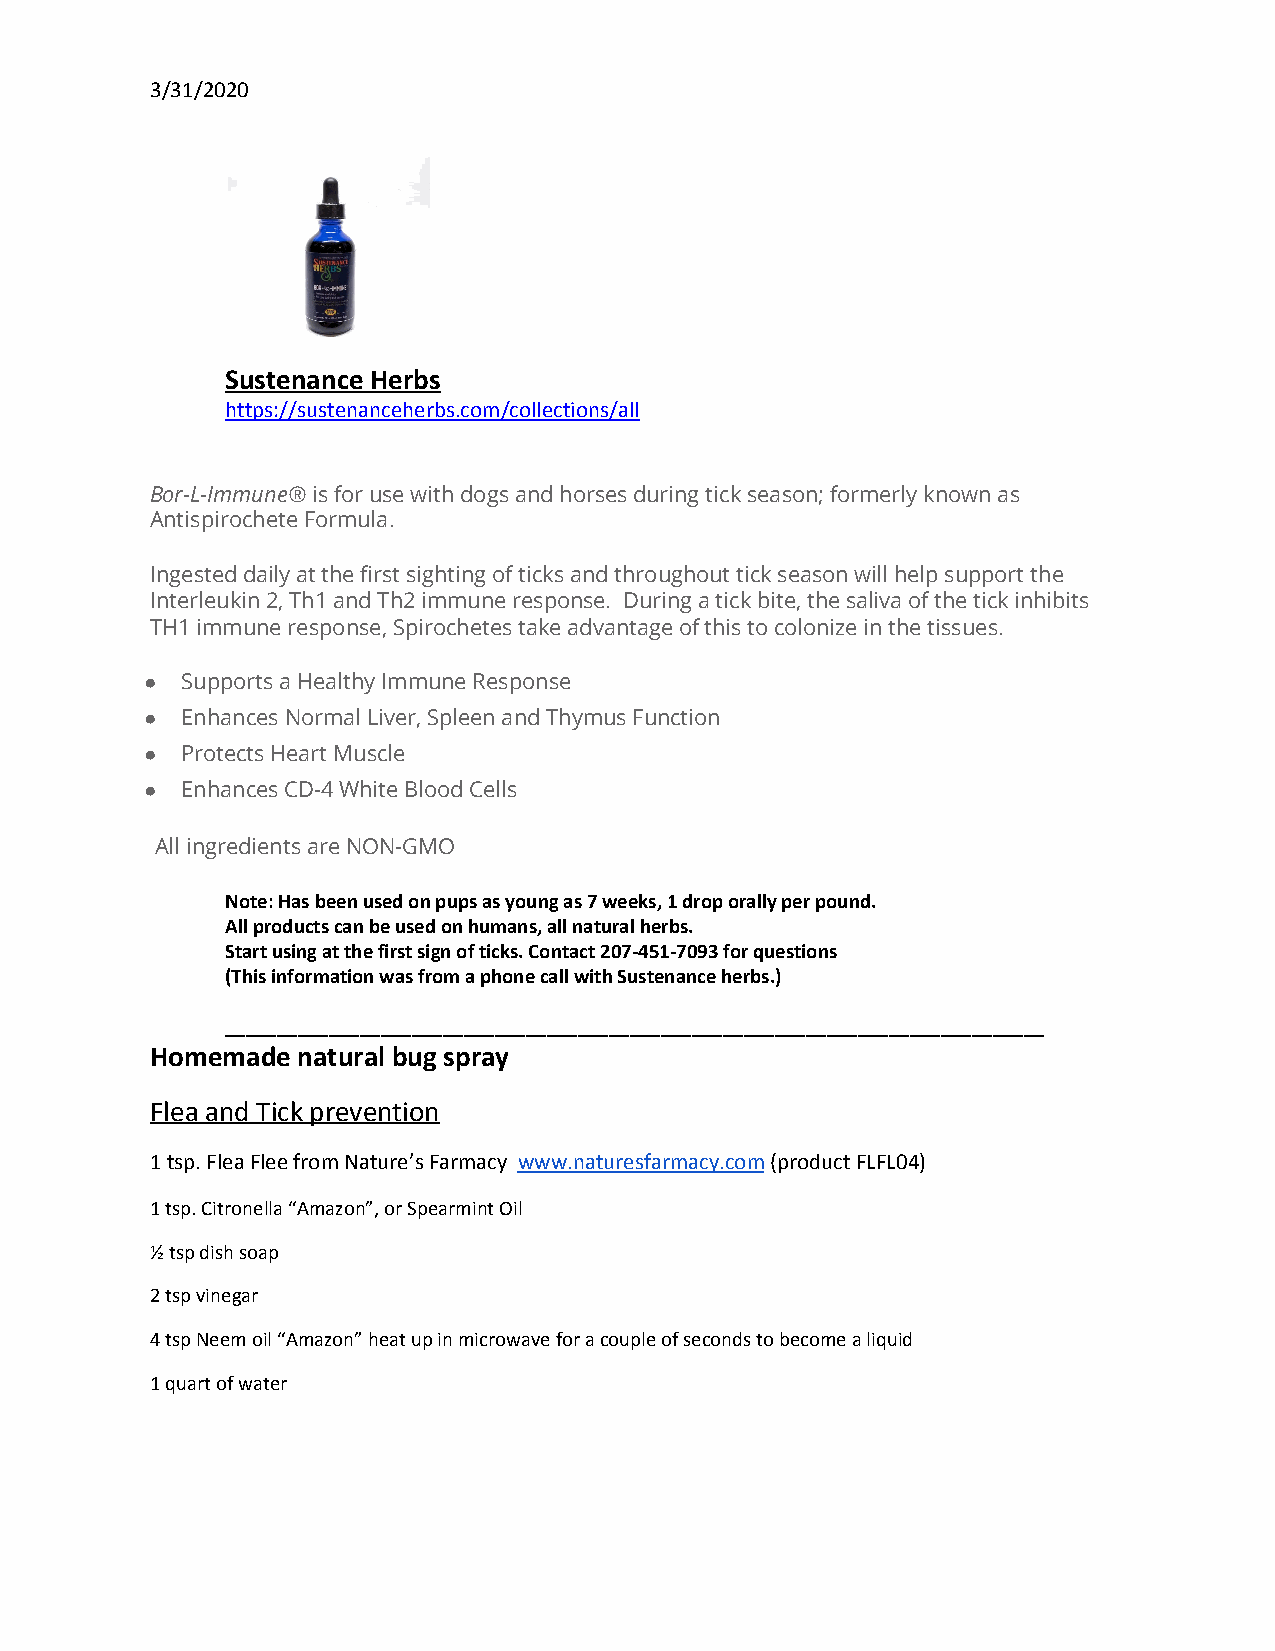
3/31/2020
 Sustenance Herbs
 https://sustenanceherbs.com/collections/all
 Bor-L-Immune® i​s for use with dogs and horses during tick season; formerly known as
 Antispirochete Formula.
 Ingested daily at the first sighting of ticks and throughout tick season will help support the
 Interleukin 2, Th1 and Th2 immune response. During a tick bite, the saliva of the tick inhibits
 TH1 immune response, Spirochetes take advantage of this to colonize in the tissues.
 ● Supports a Healthy Immune Response
 ● Enhances Normal Liver, Spleen and Thymus Function
 ● Protects Heart Muscle
 ● Enhances CD-4 White Blood Cells
 All ingredients are NON-GMO
 Note: Has been used on pups as young as 7 weeks, 1 drop orally per pound.
 All products can be used on humans, all natural herbs.
 Start using at the first sign of ticks. Contact 207-451-7093 for questions
 (This information was from a phone call with Sustenance herbs.)
 _______________________________________________________________________________
 Homemade  natural bug spray
 Flea and Tick prevention
 1 tsp. Flea Flee from Nature’s Farmacy www.naturesfarmacy.com (product FLFL04)
 ​                ​
 1 tsp. Citronella “Amazon”, or Spearmint Oil
 ½ tsp dish soap
 2 tsp vinegar
 4 tsp Neem oil “Amazon” heat up in microwave for a couple of seconds to become a liquid
 1 quart of water